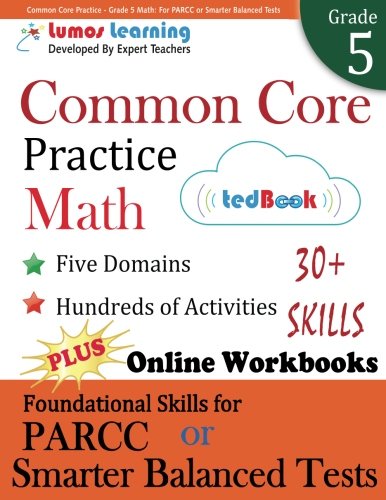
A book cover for Common Core Practice - Grade 5 Math: Workbooks to Prepare for the PARCC or Smarter Balanced Test: CCSS Aligned (CCSS Standards Practice) (Volume 6); Lumos Learning; Education & Teaching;